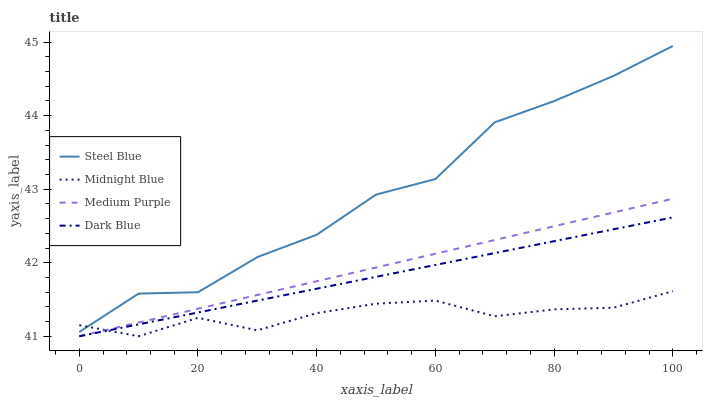
| xaxis_label | Steel Blue | Midnight Blue | Medium Purple | Dark Blue |
 | --- | --- | --- | --- | --- |
 | 0 | 41.1 | 41.2 | 41 | 41 |
 | 10 | 41.6 | 41 | 41.2 | 41.2 |
 | 20 | 41.6 | 41.3 | 41.4 | 41.3 |
 | 30 | 42.1 | 41.1 | 41.6 | 41.5 |
 | 40 | 42.4 | 41.3 | 41.7 | 41.6 |
 | 50 | 42.9 | 41.4 | 41.9 | 41.8 |
 | 60 | 43.1 | 41.5 | 42.1 | 42 |
 | 70 | 43.9 | 41.3 | 42.3 | 42.1 |
 | 80 | 44.2 | 41.4 | 42.5 | 42.3 |
 | 90 | 44.5 | 41.4 | 42.7 | 42.5 |
 | 100 | 44.9 | 41.6 | 42.9 | 42.6 |